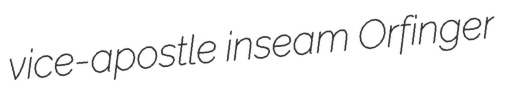
vice-apostle inseam Orfinger